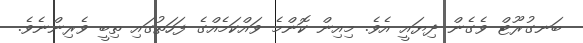
ބަނގުރޫޓް ވެގެން ދިޔައީ އެވެ. މިއިން ކޮންމެ ވައްކަމެއްގެ ފަހަތުގައި ތިބީ ވެރިންނެވެ.